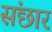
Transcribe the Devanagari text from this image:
संछार